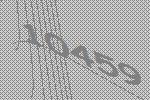
10459